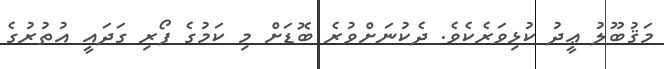
މަޤުބޫލު ޢީދު ކުޅިވަރެކެވެ. ދެކުނަށްވުރެ ބޮޑަށް މި ކަމުގެ ފޯރި ގަދައީ އުތުރުގެ